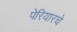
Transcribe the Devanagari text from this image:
पेरियारचे